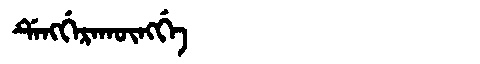
Manchu: ᡩᡝᠩᡤᡝᡵᠠᡴᡡᠩᡤᡝ
Romanization: DENGGERAKŪNGGE